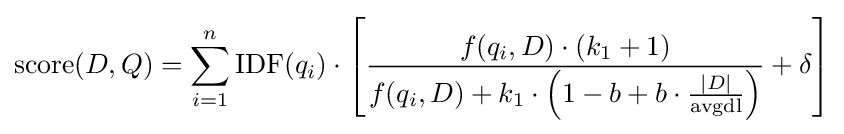
{\text{score}}(D,Q)=\sum _{i=1}^{n}{\text{IDF}}(q_{i})\cdot \left[{\frac {f(q_{i},D)\cdot (k_{1}+1)}{f(q_{i},D)+k_{1}\cdot \left(1-b+b\cdot {\frac {|D|}{\text{avgdl}}}\right)}}+\delta \right]